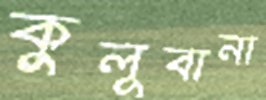
কুলূবানা